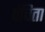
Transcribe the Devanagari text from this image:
वंचिता